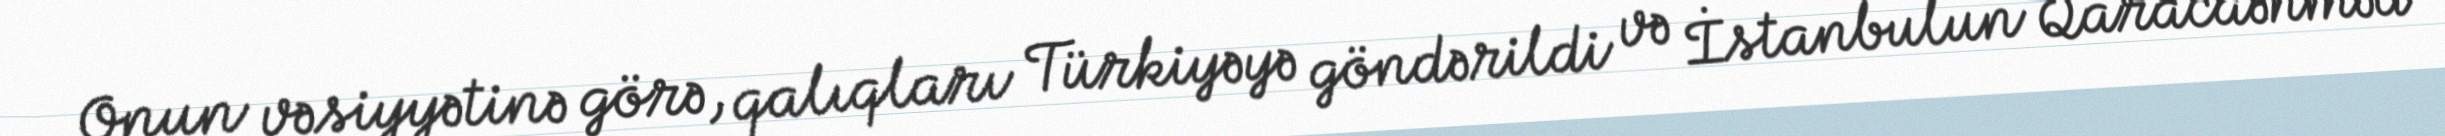
Onun vəsiyyətinə görə, qalıqları Türkiyəyə göndərildi və İstanbulun Qaracaəhməd